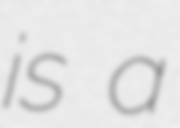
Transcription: is a